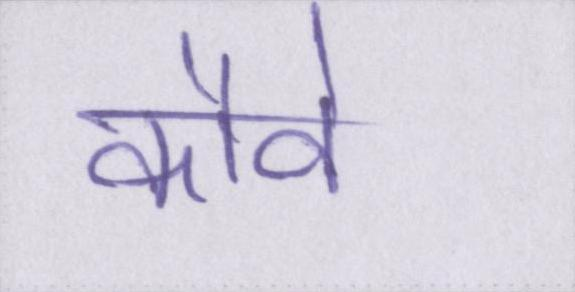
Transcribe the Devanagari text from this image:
कौवे